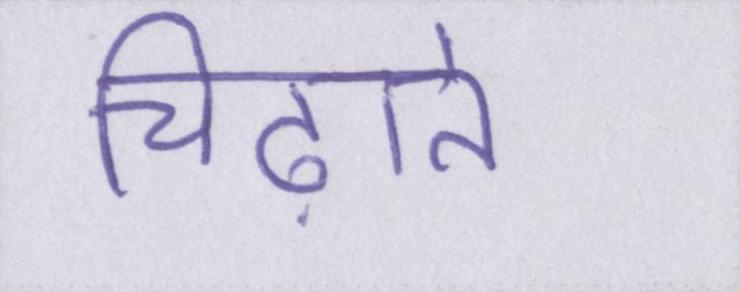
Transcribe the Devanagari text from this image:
चिढ़ाते